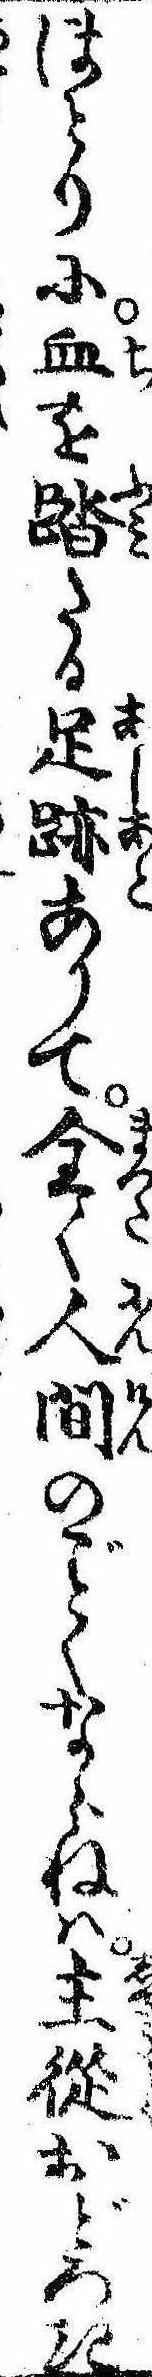
ほとりに血を踏たる足跡ありて全く人間のくならねは主従おどろき